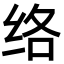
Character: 络